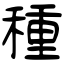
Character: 種